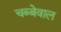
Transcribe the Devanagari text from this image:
चब्बेवाल